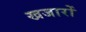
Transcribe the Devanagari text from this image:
खजारों